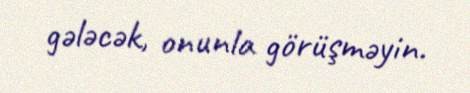
gələcək, onunla görüşməyin.